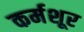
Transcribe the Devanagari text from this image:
कर्मशूर